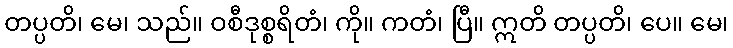
တပ္ပတိ၊ မေ၊ သည်။ ဝစီဒုစ္စရိတံ၊ ကို။ ကတံ၊ ပြီ။ ဣတိ တပ္ပတိ၊ ပေ။ မေ၊